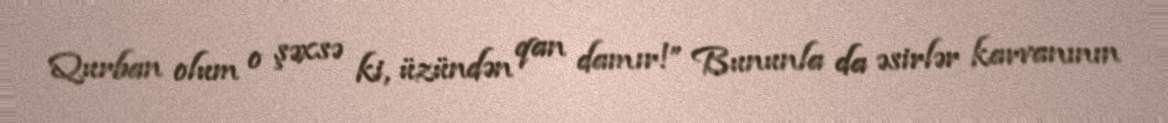
Qurban olum o şəxsə ki, üzündən qan damır!” Bununla da əsirlər karvanının